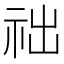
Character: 𥙋